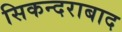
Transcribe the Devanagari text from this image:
सिकन्‍दराबाद